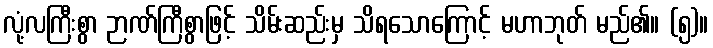
လုံ့လကြီးစွာ ဉာဏ်ကြီစွာဖြင့် သိမ်းဆည်းမှ သိရသောကြောင့် မဟာဘုတ် မည်၏။ (၅)။